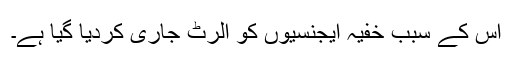
اس کے سبب خفیہ ایجنسیوں کو الرٹ جاری کردیا گیا ہے۔